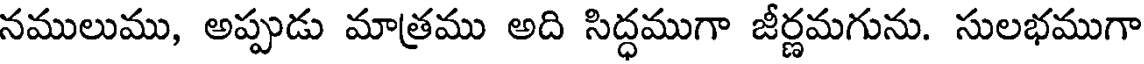
నములుము, అప్పుడు మాత్రము అది సిద్ధముగా జీర్ణమగును. సులభముగా